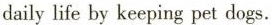
daily life by keeping pet dogs.